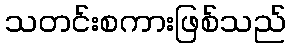
သတင်းစကားဖြစ်သည်